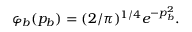
\begin{array} { r } { \varphi _ { b } ( p _ { b } ) = ( 2 / \pi ) ^ { 1 / 4 } e ^ { - p _ { b } ^ { 2 } } . } \end{array}